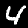
Label: 4